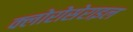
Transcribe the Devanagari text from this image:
क्लोरोसेराइल